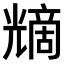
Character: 𠒿